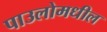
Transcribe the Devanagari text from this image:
पाउलोमधील